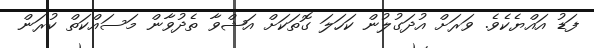
ފަޑު އައްޔެކެވެ. ވަރަށް އުދަގުލުން ކަހަލަ ގޮތަކަށް އަޝްވާ ތެދުވާން މަސައްކަތް ކުރަން